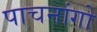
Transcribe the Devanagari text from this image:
पाचनांगो